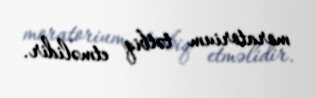
moratorium tətbiq etməlidir.